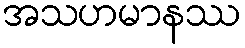
အသဟမာနဿ